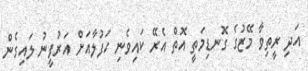
އަދި ރީތިވާ މޭޒުގެ ގޮނޑިމަތީ އޮތް އެރޭ ކައިވެނި ހަފުލާއަށް އަރުފީނު ލައިގެން